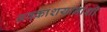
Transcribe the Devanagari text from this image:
अवकाशयानांशी